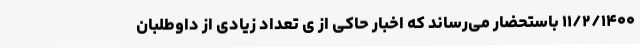
۱۱/۲/۱۴۰۰ باستحضار می‌رساند که اخبار حاکی از ی تعداد زیادی از داوطلبان